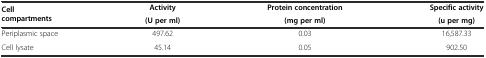
<table><thead><tr><td rowspan="2"><b>Cell compartments</b></td><td><b>Activity</b></td><td><b>Protein concentration</b></td><td><b>Specific activity</b></td></tr><tr><td><b>(U per ml)</b></td><td><b>(mg per ml)</b></td><td><b>(u per mg)</b></td></tr></thead><tbody><tr><td>Periplasmic space</td><td>497.62</td><td>0.03</td><td>16,587.33</td></tr><tr><td>Cell lysate</td><td>45.14</td><td>0.05</td><td>902.50</td></tr></tbody></table>